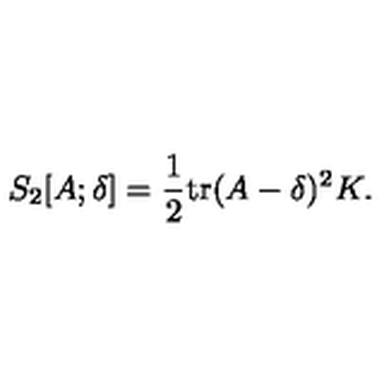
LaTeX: S _ { 2 } [ A ; \delta ] = \frac { 1 } { 2 } \mathrm { t r } ( A - \delta ) ^ { 2 } K .